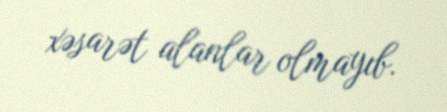
xəsarət alanlar olmayıb.